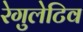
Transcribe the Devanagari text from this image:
रेगुलेटिव